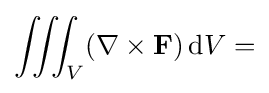
\iiint _{V}(\nabla \times \mathbf {F} )\,\mathrm {d} V=